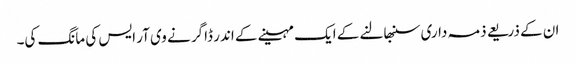
ان کے ذریعے ذمہ داری سنبھالنے کے ایک مہینے کے اندر ڈاگر نے وی آر ایس کی مانگ کی۔